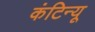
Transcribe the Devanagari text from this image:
कंटिन्यू